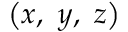
\left( x , ~ y , ~ z \right)